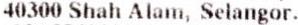
40300 SHAH ALAM, SELANGOR.